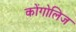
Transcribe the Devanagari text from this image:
कोंगोलिज